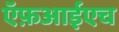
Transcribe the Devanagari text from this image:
ऍफ़आईएच